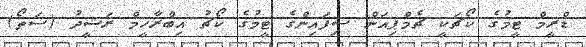
ޑްރީމް ޓީމުގެ ކޯޗަކީ ޗެމްޕިއަން ސިފައިންގެ ޓީމުގެ ކޯޗު އިބްރާހީމް ރަޝީދު (ސަތޯ)